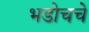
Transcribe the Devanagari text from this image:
भडोचचे